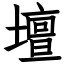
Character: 壇